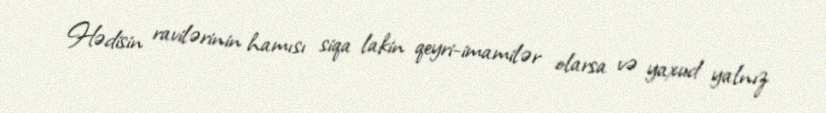
Hədisin ravilərinin hamısı siqa lakin qeyri-imamilər olarsa və yaxud yalnız